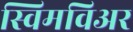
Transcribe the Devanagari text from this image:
स्विमविअर